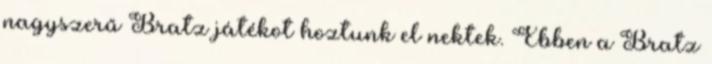
nagyszerű Bratz játékot hoztunk el nektek. Ebben a Bratz